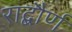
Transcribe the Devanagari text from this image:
राद्बौर्ण